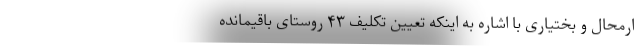
ارمحال و بختیاری با اشاره به اینکه تعیین تکلیف ۴۳ روستای باقیمانده